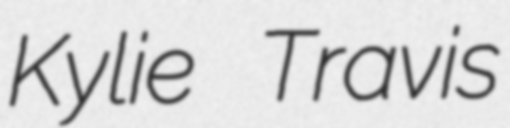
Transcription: Kylie Travis